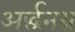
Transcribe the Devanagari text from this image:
अर्द्धनग्न